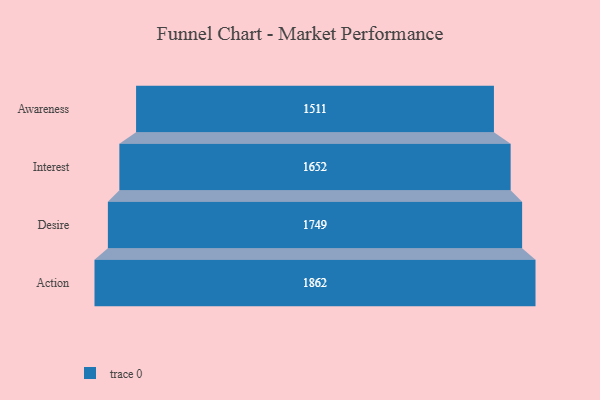
{"axis": {"x": "Stage", "y": "Value"}, "legend": [""], "data": [{"x": "Awareness", "y": 1511.0, "type": ""}, {"x": "Interest", "y": 1652.0, "type": ""}, {"x": "Desire", "y": 1749.0, "type": ""}, {"x": "Action", "y": 1862.0, "type": ""}]}